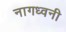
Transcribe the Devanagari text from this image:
नागध्वनी